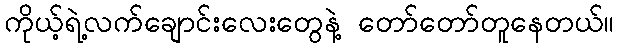
ကိုယ့်ရဲ့လက်ချောင်းလေးတွေနဲ့ တော်တော်တူနေတယ်။